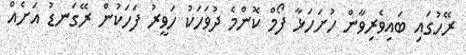
ރޭހުގައި ބައިވެރިވާން ހުށަހަޅާ ފޯމް ކޮންމެ ދުވަހަކު ހަވީރު ފަހަކުން ރޭގަނޑު އަށެއް